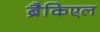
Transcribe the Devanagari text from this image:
ब्रैकिएल